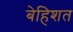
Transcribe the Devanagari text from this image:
बेहिशत